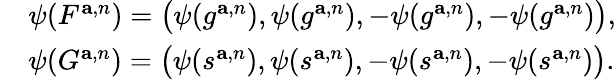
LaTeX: \begin{array}{rl}&{\psi(F^{\mathbf{a},n})=\big(\psi(g^{\mathbf{a},n}),\psi(g^{\mathbf{a},n}),-\psi(g^{\mathbf{a},n}),-\psi(g^{\mathbf{a},n})\big),}\\ &{\psi(G^{\mathbf{a},n})=\big(\psi(s^{\mathbf{a},n}),\psi(s^{\mathbf{a},n}),-\psi(s^{\mathbf{a},n}),-\psi(s^{\mathbf{a},n})\big).}\end{array}